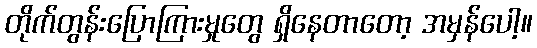
တိုက်တွန်းပြောကြားမှုတွေ ရှိနေတာတော့ အမှန်ပေါ့။